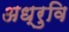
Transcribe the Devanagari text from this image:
अध्रुवि